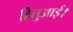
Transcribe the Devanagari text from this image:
हितुआई।